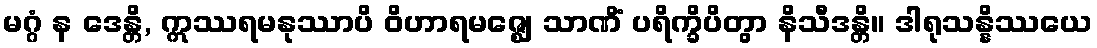
မဂ္ဂံ န ဒေန္တိ, ဣဿရမနုဿာပိ ဝိဟာရမဇ္ဈေ သာဏိံ ပရိက္ခိပိတွာ နိသီဒန္တိ။ ဒါရုသန္နိဿယေ